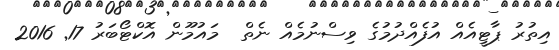
އިތުރު ޕާޓީއެއް އުފެއްދުމުގެ ވިސްނުމެއް ނެތް  މައުމޫން އޮކްޓޯބަރު 17